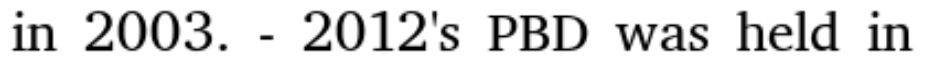
in 2003. - 2012's PBD was held in